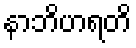
နာဘိဟရတိ